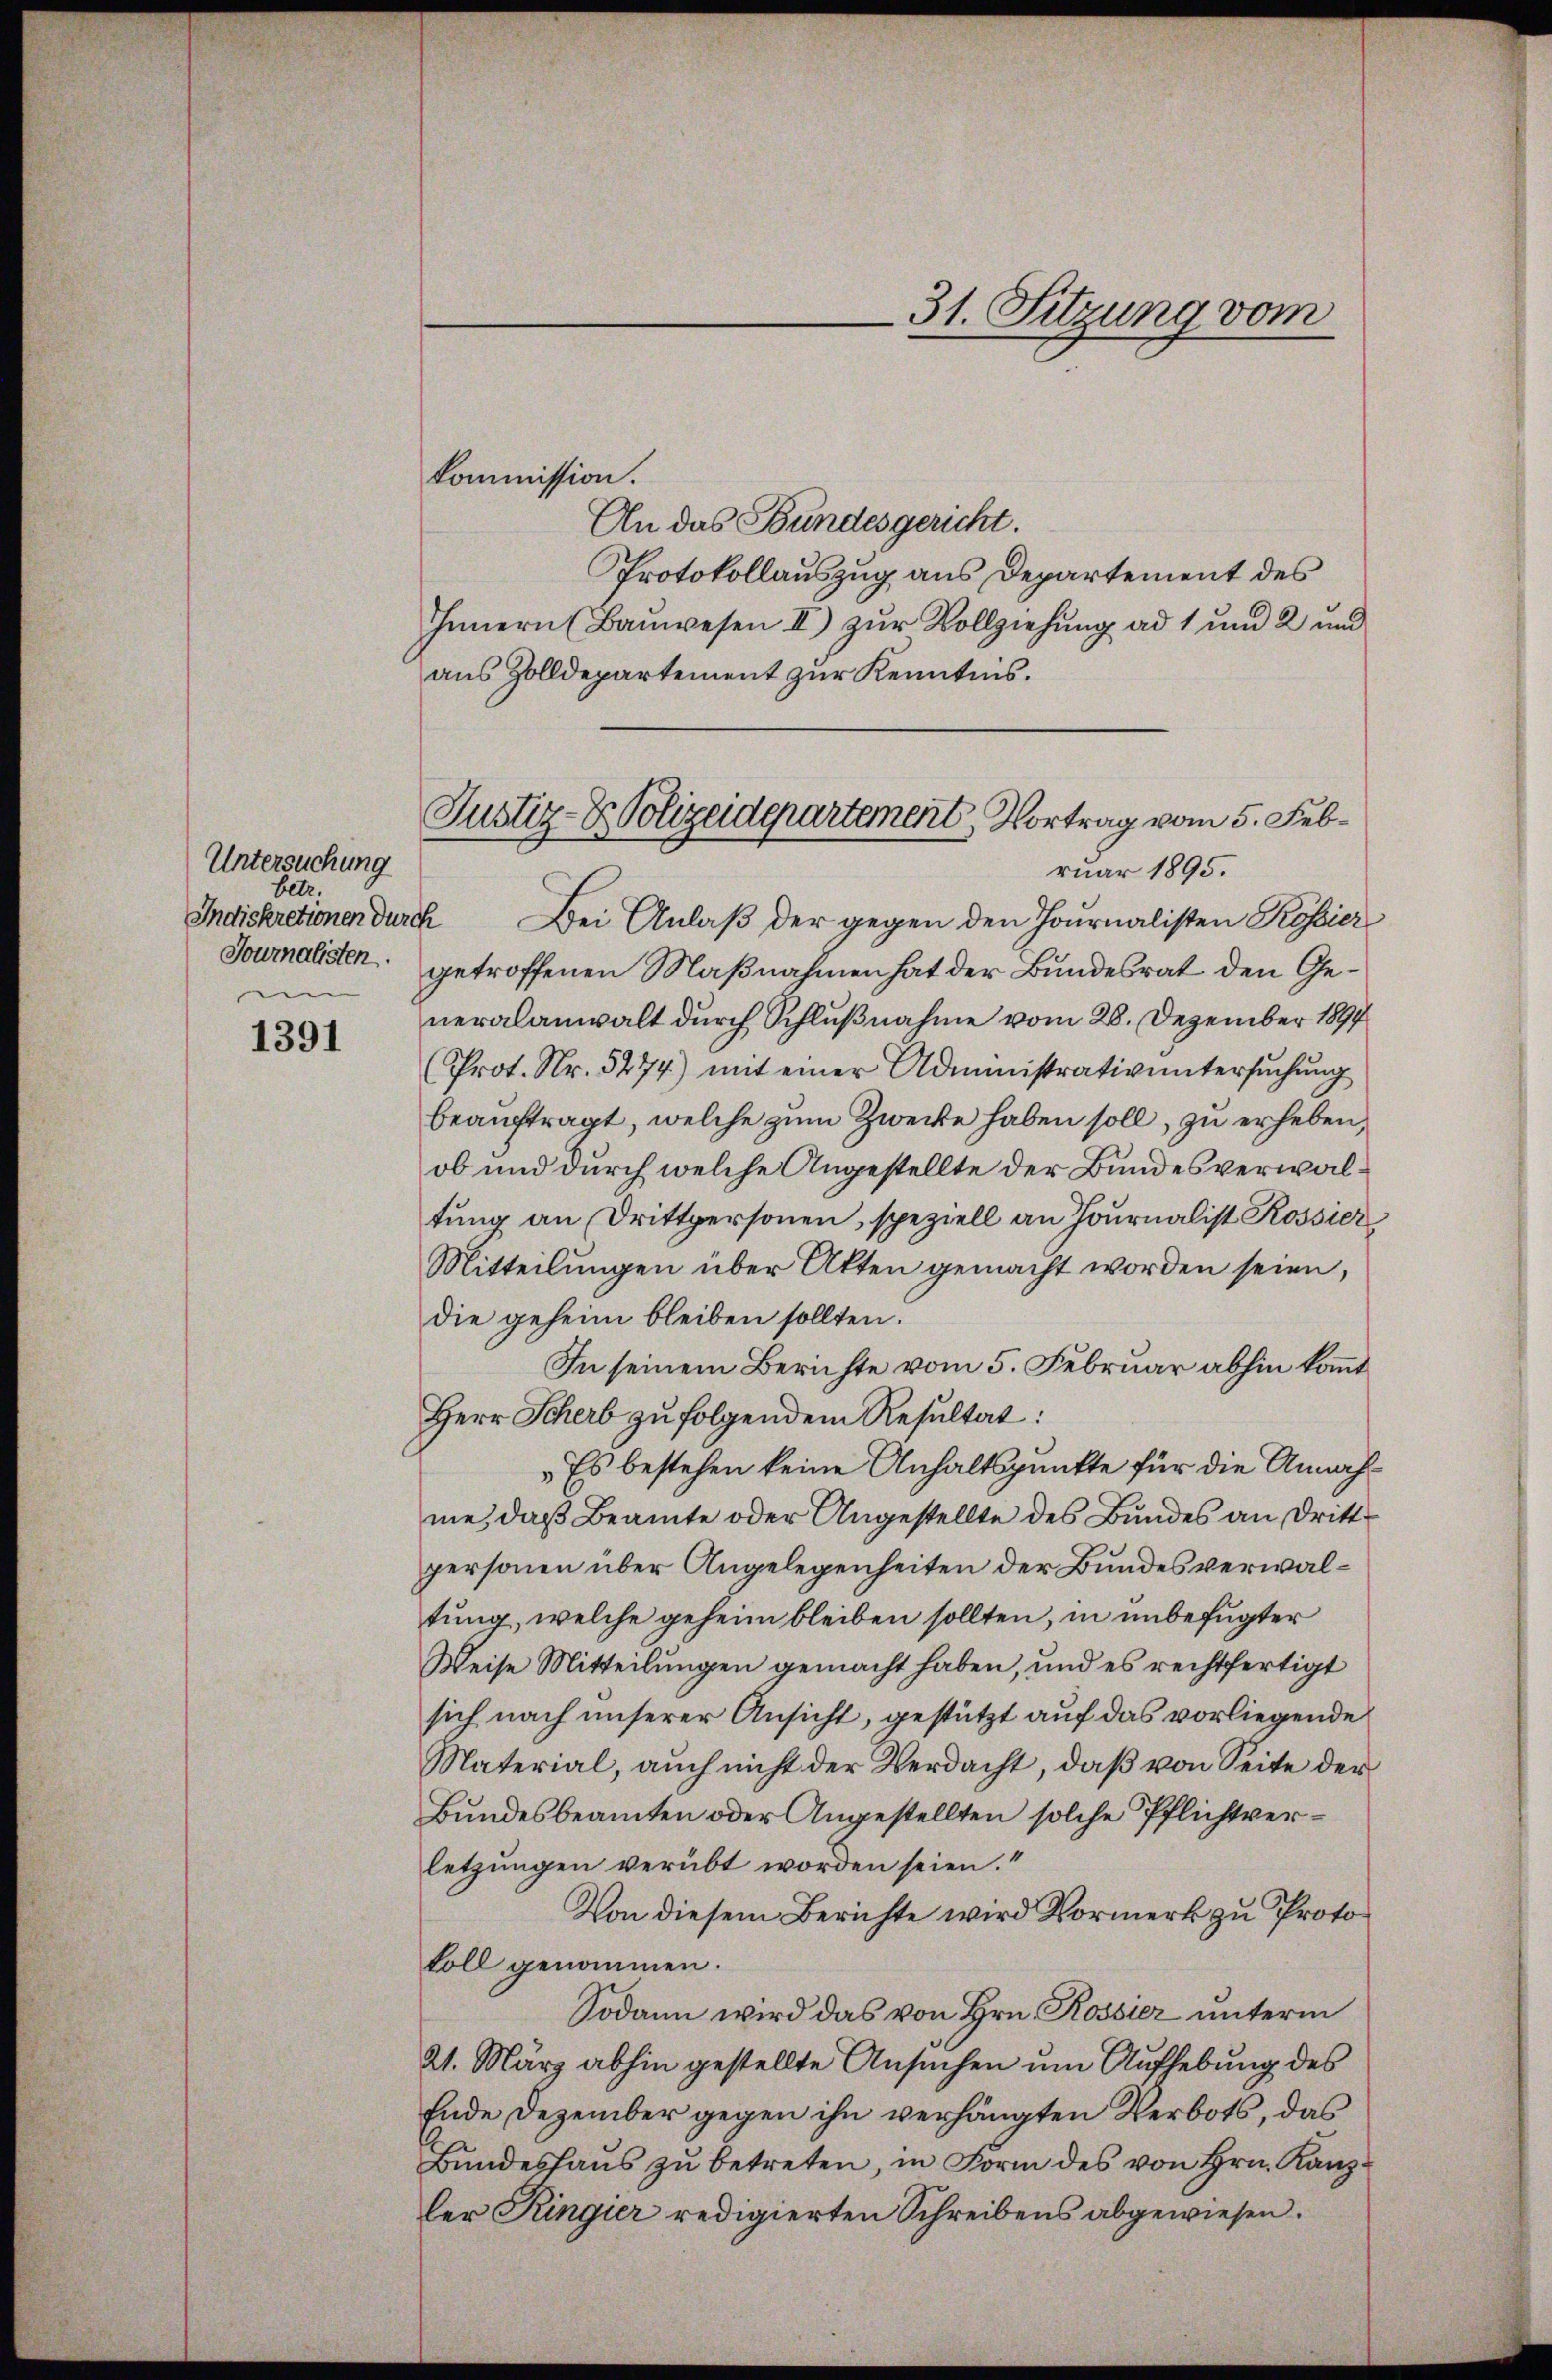
Untersuchung
betr.
u

1391

Kommission.
An das Bundesgericht.
Protokollauszug aus Departement des
Innern (Bauwesen II) zur Vollziehung ad 1 und 2 und
aus Zolldepartement zur Kenntnis.
Indiskretionen durch Bei Anlaβ der gegen den Journalisten Kössier
Journalisten getroffenen Maßnahmen hat der Bundesrat den Generalanwalt durch Schlußnahme vom 28. Dezember 1897
(Prot. Nr. 5274) mit einer Administrativentersuchung
beauftragt, welche zum Zwecke haben soll, zu erheben,
ob und durch welche Angestellte der Bundesverwaltung an Drittpersonen, speziell an Journalist Rossier
Mitteilungen über Akten gemacht worden seien,
die geheim bleiben sollten.
In seinem Berichte vom 5. Februar abhin kommt
Herr Scherb zu folgendem Resultat:
„Es bestehen keine Anhaltspunkte für die Annahme, daß Beamte oder Angestellte des Bundes an Dritt
personen über Angelegenheiten der Bundesverwaltung, welche geheim bleiben sollten, in unbefugter
Weise Mitteilungen gemacht haben, und es rechtfertigt
sich nach unserer Ansicht, gestützt auf das vorliegende
Material, auch nicht der Verdacht, daß von Seite der
Bundesbeamten oder Angestellten solche Pflichtverletzungen verübt worden seien.“
Von diesem Berichte wird Vormerk zu Protokoll genommen.
Sodann wird das von Hrn. Rossier unterm
21. März abhin gestellte Ansuchen um Aufhebung des
Ende Dezember gegen ihn verhängten Verbots, das
Bŭndeshaŭs zŭ betreten, in Form des von Hrn. Kanzler Ringier redigierten Schreibens abgewiesen.

31. Sitzung vom

Justiz- & Polizeidepartement, Vortrag vom 5. Februar 1895.